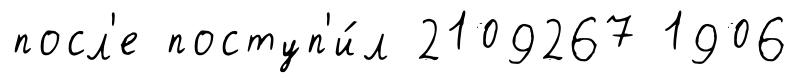
посл'е поступ'и́л 2109267 1906